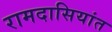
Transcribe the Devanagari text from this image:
रामदासियांत